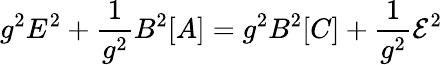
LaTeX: g^{2}E^{2}+\frac{1}{g^{2}}B^{2}[A]=g^{2}B^{2}[C]+\frac{1}{g^{2}}{\cal E}^{2}